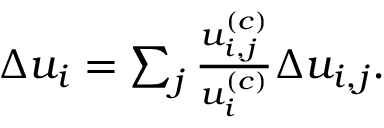
\begin{array} { r } { \Delta u _ { i } = \sum _ { j } \frac { u _ { i , j } ^ { ( c ) } } { u _ { i } ^ { ( c ) } } \Delta u _ { i , j } . } \end{array}